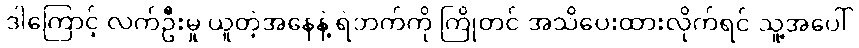
ဒါကြောင့် လက်ဦးမှု ယူတဲ့အနေနဲ့ ရဲဘက်ကို ကြိုတင် အသိပေးထားလိုက်ရင် သူ့အပေါ်